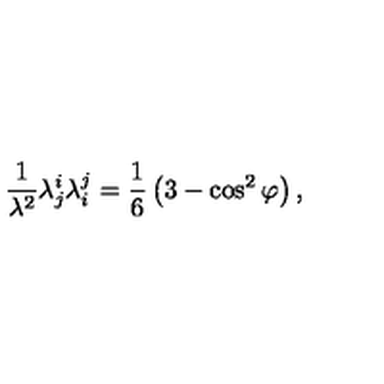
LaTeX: \frac { 1 } { \lambda ^ { 2 } } \lambda _ { j } ^ { i } \lambda _ { i } ^ { j } = \frac { 1 } { 6 } \left( 3 - \cos ^ { 2 } { \varphi } \right) ,